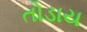
તોડાય